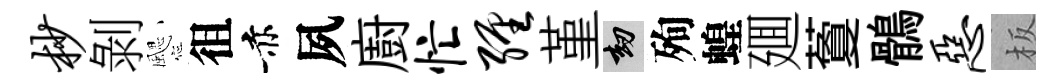
杪剝颸徂赤夙廚忙缠堇劫殉蝗廽藑鶻恶板